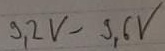
Text: 9,2V-9,6V